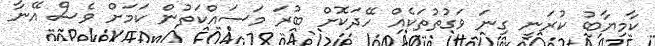
ކާމިޔާބު ކުރަނީ ގިނަ ވަގުތުުތަކެއް ހޭދަކޮށް ބުރަ މަސައްކަތުން ކަމަށް ވެސް އޭނާ